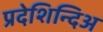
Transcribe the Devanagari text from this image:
प्रदेशिन्दिअ